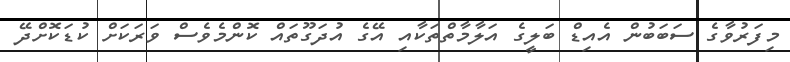
މިފަރުވާގެ ސަބަބުން އެއިޑް ބަލީގެ އަލާމާތްތަކާއި އޭގެ އުދަގޫތައް ކޮންމެވެސް ވަރަކަށް ކުޑަކޮށްދޭ